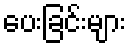
ပေးခြင်းများ